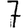
Digit: 7